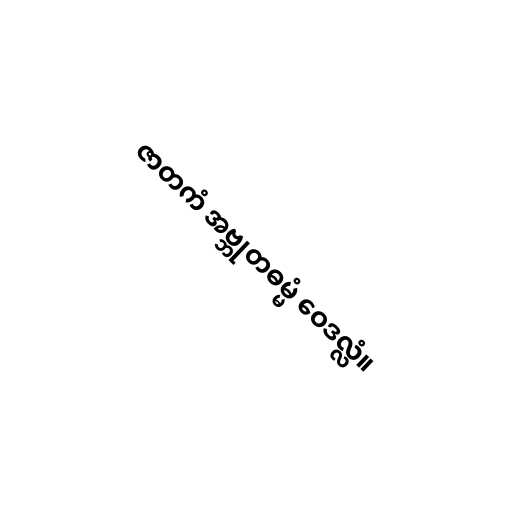
ဇာတကံ အဗ္ဘုတဓမ္မံ ဝေဒလ္လံ။